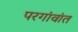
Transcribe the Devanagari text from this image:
परगांवांत